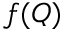
f ( Q )